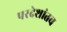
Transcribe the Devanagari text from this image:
परदेशांतच